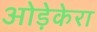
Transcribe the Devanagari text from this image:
ओड़ेकेरा